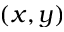
( x , y )